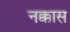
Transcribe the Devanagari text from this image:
नक्कास